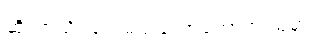
ဆိုတာသိရရင် မင်းတော်တော်အံ့ဩမှာပဲ။